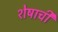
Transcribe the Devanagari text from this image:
शेषाची